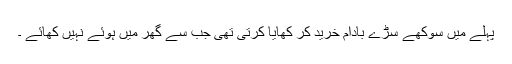
پہلے میں سوکھے سڑے بادام خرید کر کھایا کرتی تھی جب سے گھر میں ہوئے نہیں کھائے ۔